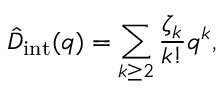
\hat { D } _ { \mathrm { i n t } } ( q ) = \sum _ { k \geq 2 } \frac { \zeta _ { k } } { k ! } q ^ { k } ,